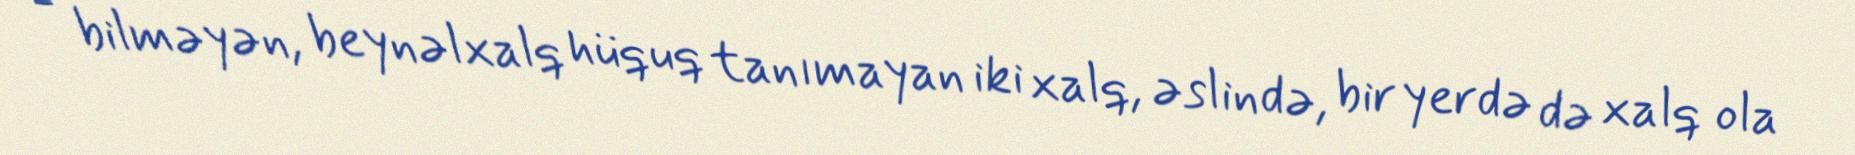
- bilməyən, beynəlxalq hüquq tanımayan iki xalq, əslində, bir yerdə də xalq ola